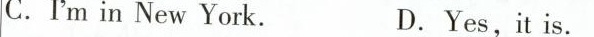
C.I'm in New York. D.Yes,it is.